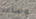
وساعد